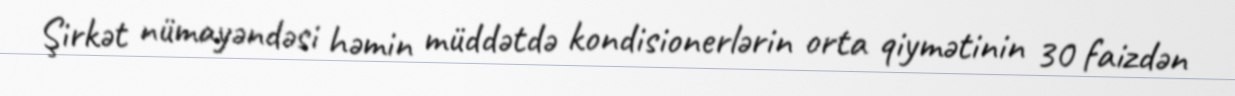
Şirkət nümayəndəsi həmin müddətdə kondisionerlərin orta qiymətinin 30 faizdən